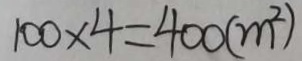
1 0 0 \times 4 = 4 0 0 ( m ^ { 2 } )